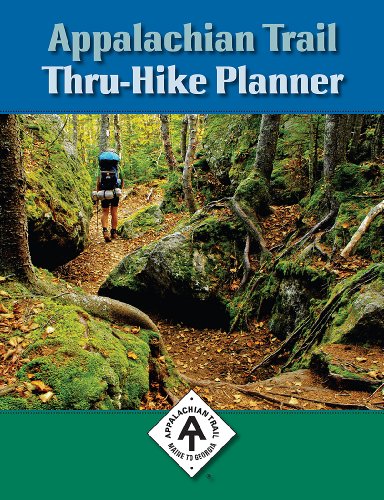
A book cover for Appalachian Trail Thru-Hike Planner; David Lauterborn; Health, Fitness & Dieting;